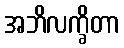
အဘိလက္ခိတာ